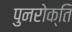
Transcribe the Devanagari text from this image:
पुनरोक्ति